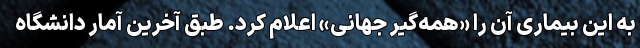
به این بیماری آن را «همه‌گیر جهانی» اعلام کرد. طبق آخرین آمار دانشگاه